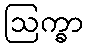
ဩက္ခာ